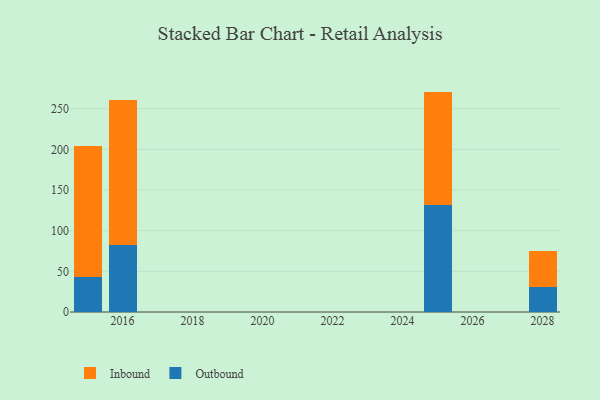
{"axis": {"x": "Year", "y": "LTV (USD)"}, "legend": ["Inbound", "Outbound"], "data": [{"x": "2015", "y": 43.6, "type": "Outbound"}, {"x": "2015", "y": 160.5, "type": "Inbound"}, {"x": "2016", "y": 82.7, "type": "Outbound"}, {"x": "2016", "y": 177.4, "type": "Inbound"}, {"x": "2028", "y": 30.3, "type": "Outbound"}, {"x": "2028", "y": 44.9, "type": "Inbound"}, {"x": "2025", "y": 131.5, "type": "Outbound"}, {"x": "2025", "y": 139.5, "type": "Inbound"}]}